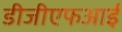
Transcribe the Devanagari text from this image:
डीजीएफआई